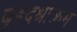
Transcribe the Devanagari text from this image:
बृहदश्रीक्रम